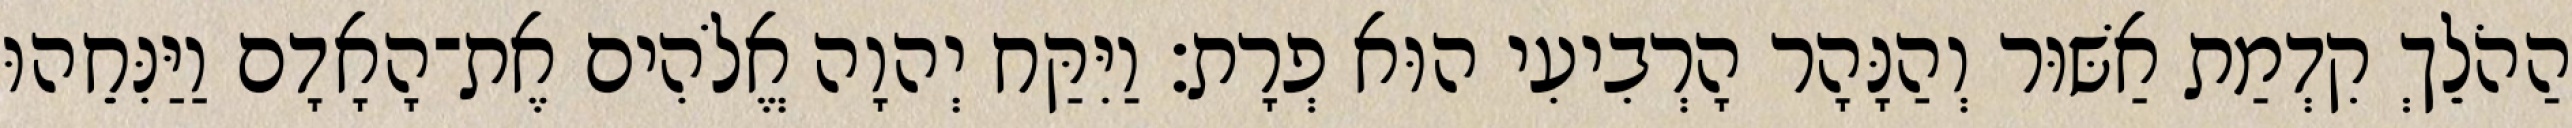
הַהֹלֵךְ קִדְמַת אַשּׁוּר וְהַנָּהָר הָרְבִיעִי הוּא פְרָת׃ וַיִּקַּח יְהוָה אֱלֹהִים אֶת־הָאָדָם וַיַּנִּחֵהוּ